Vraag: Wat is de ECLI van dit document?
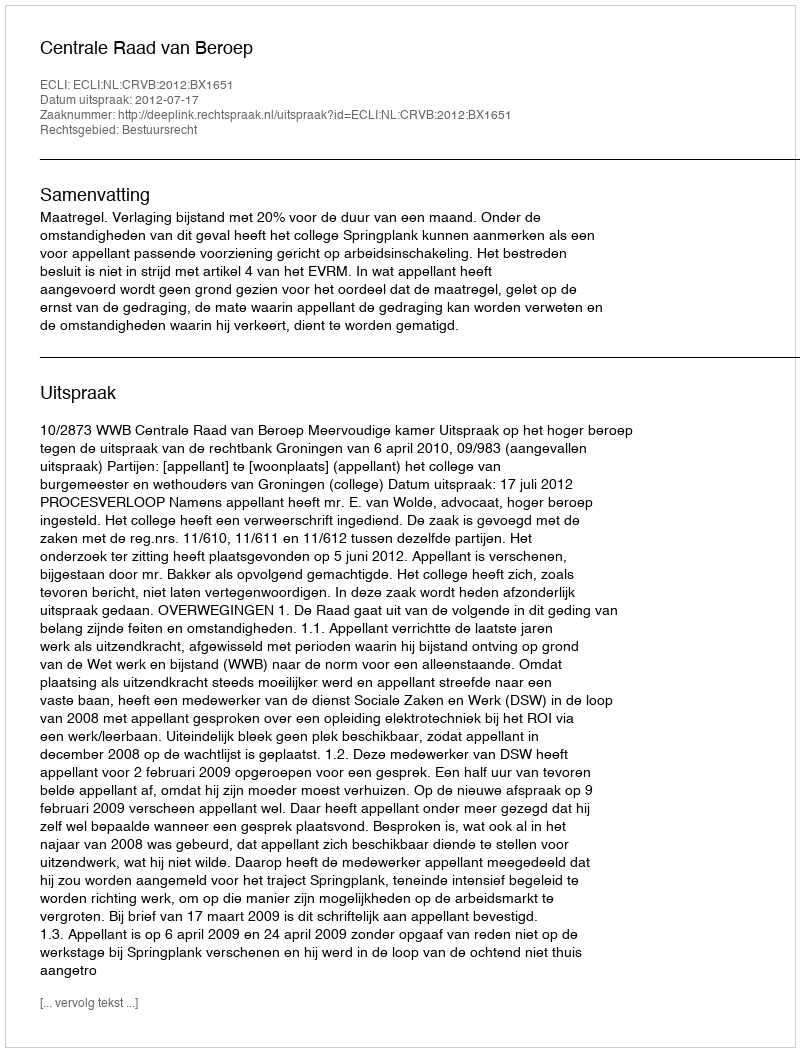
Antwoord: ECLI:NL:CRVB:2012:BX1651